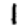
Digit: 1